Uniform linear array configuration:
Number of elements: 32
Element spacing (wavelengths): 0.25
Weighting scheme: exponential
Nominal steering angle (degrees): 60
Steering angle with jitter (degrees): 59.247
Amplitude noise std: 0.05
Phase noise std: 0.05

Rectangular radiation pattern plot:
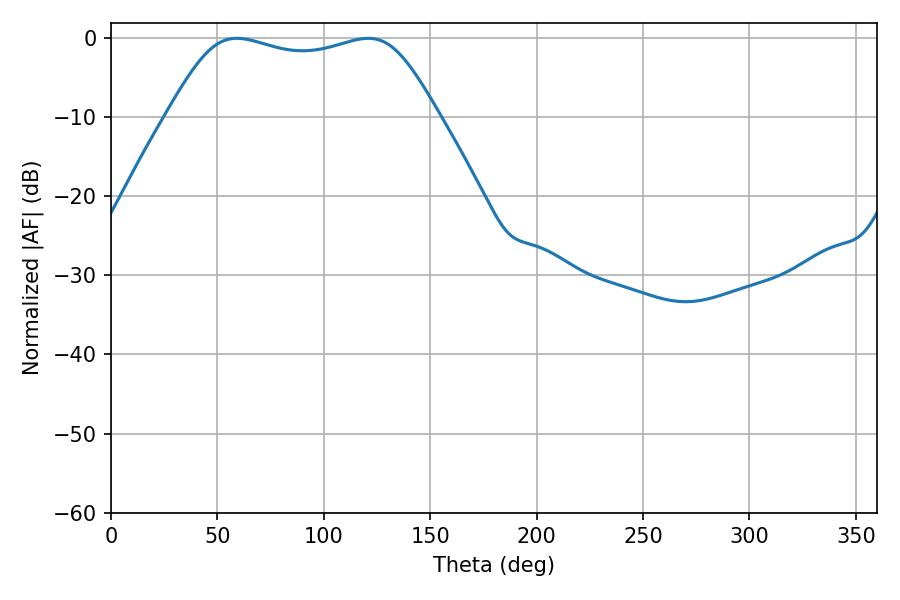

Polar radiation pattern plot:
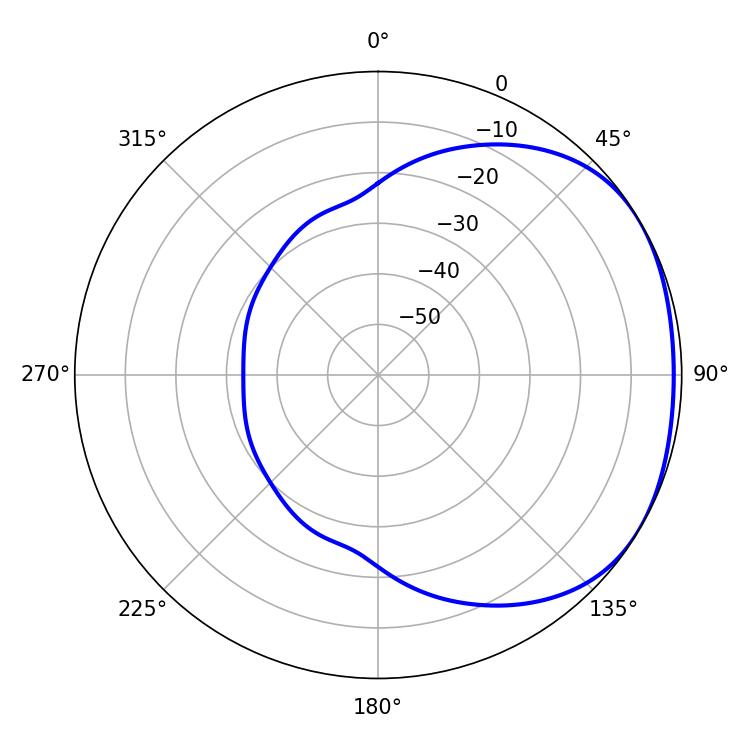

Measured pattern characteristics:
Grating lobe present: FALSE
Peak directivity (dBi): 1.751
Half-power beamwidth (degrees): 97.56
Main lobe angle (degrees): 59.22